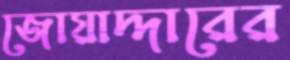
জোয়াদ্দারের